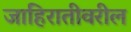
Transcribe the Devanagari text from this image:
जाहिरातीवरील